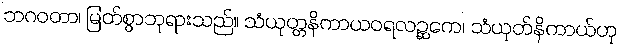
ဘဂဝတာ၊ မြတ်စွာဘုရားသည်။ သံယုတ္တနိကာယဝရလဉ္ဆကေ၊ သံယုတ်နိကာယ်ဟု